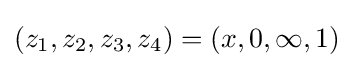
(z_{1},z_{2},z_{3},z_{4})=(x,0,\infty ,1)